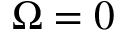
\Omega = 0